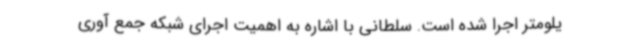
یلومتر اجرا شده است. سلطانی با اشاره به اهمیت اجرای شبکه جمع آوری